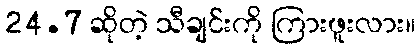
24.7 ဆိုတဲ့ သီချင်းကို ကြားဖူးလား။